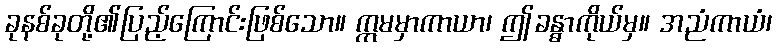
ခုနစ်ခုတို့၏ပြည့်ကြောင်းဖြစ်သော။ ဣမမှာကာယာ၊ ဤခန္ဓာကိုယ်မှ။ အညံကာယံ၊